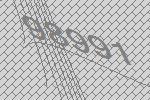
98991